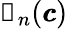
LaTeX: \mathbb{g}_{n}(\pmb{c})